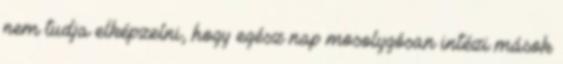
nem tudja elképzelni, hogy egész nap mosolygósan intézi mások